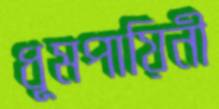
ধূমপায়িনী